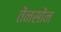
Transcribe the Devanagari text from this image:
तेंनसोंन